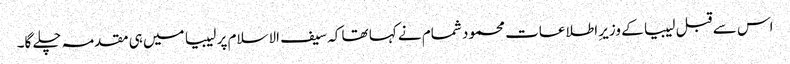
اس سے قبل لیبیا کے وزیرِ اطلاعات محمود شمام نے کہا تھا کہ سیف الاسلام پر لیبیا میں ہی مقدمہ چلے گا۔